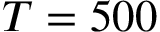
T = 5 0 0